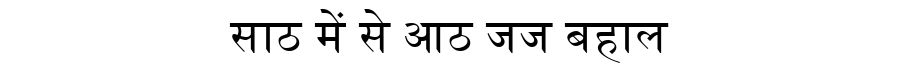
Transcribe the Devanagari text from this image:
साठ में से आठ जज बहाल